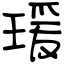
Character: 瑗